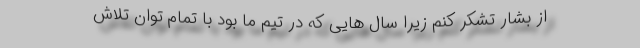
از بشار تشکر کنم زیرا سال هایی که در تیم ما بود با تمام توان تلاش